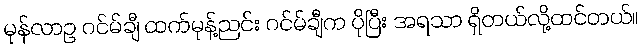
မုန်လာဥ ဂင်မ်ချီ ထက်မုန့်ညင်း ဂင်မ်ချီက ပိုပြီး အရသာ ရှိတယ်လို့ထင်တယ်။